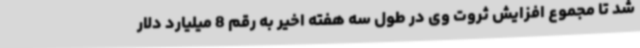
شد تا مجموع افزایش ثروت وی در طول سه هفته اخیر به رقم 8 میلیارد دلار